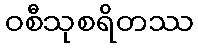
ဝစီသုစရိတဿ